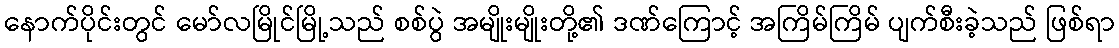
နောက်ပိုင်းတွင် မော်လမြိုင်မြို့သည် စစ်ပွဲ အမျိုးမျိုးတို့၏ ဒဏ်ကြောင့် အကြိမ်ကြိမ် ပျက်စီးခဲ့သည် ဖြစ်ရာ